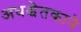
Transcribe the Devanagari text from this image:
अधश्चेतकाने